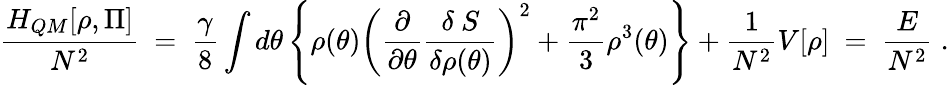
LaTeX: \frac{H_{QM}[\rho,\Pi]}{N^{2}}~=~\frac{\gamma}{8}\int d\theta\left\{ \rho(\theta)\left(\frac{\partial}{\partial\theta}\frac{\delta~S}{\delta\rho(\theta)}\right)^{2}+\frac{\pi^{2}}{3}\rho^{3}(\theta)\right\} +\frac{1}{N^{2}}V[\rho]~=~\frac{E}{N^{2}}\; .